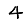
Digit: 4